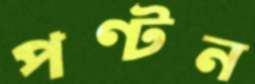
পণ্টন